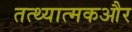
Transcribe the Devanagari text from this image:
तत्थ्यात्मकऔर